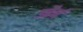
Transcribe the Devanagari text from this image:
उत्तैर्न